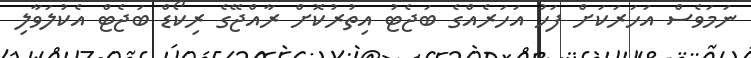
ނަމަވެސް އަހަރަކަށް ފަހު އަހަރެއްގެ ބަޖެޓު އިތުރުކޮށް ރާއްޖޭގެ ރިކޯޑް ބަޖެޓް އެކުލަވާލި